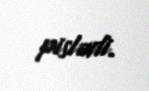
pislədi.